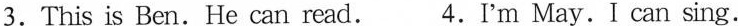
3.This is Ben. He can read. 4.I'm May.I can sing.